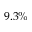
9 . 3 \%